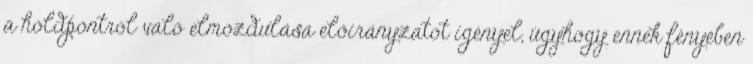
a holdpontról való elmozdulása előirányzatot igényel, úgyhogy ennek fényében